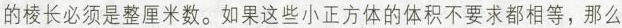
的棱长必须是整厘米数。如果这些小正方体的体积不要求都相等，那么